Indian journal of veterinary science and animal husbandry - Volumes 22-23, 1952-1953
Year: 1952
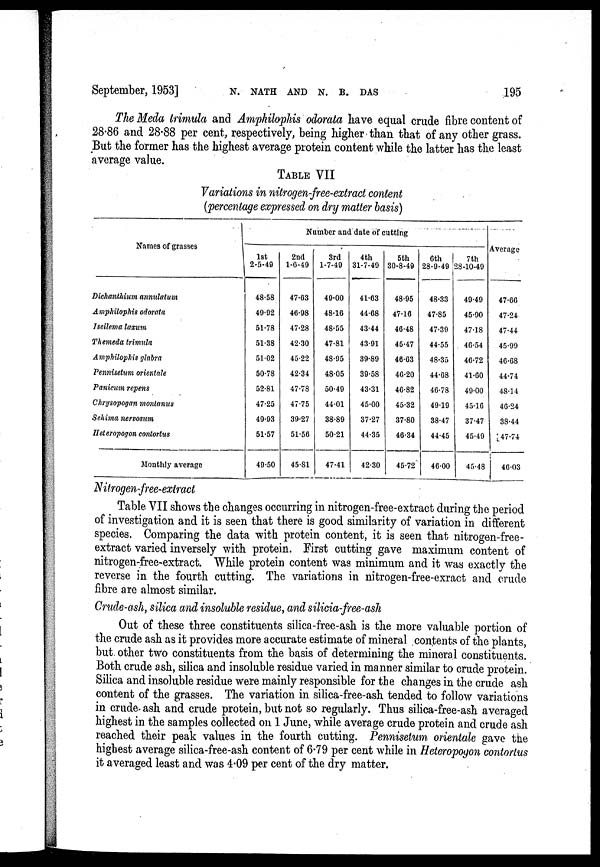
September, 1953]
N.
NATH
AND
N.
B.
DAS
195
The Meda trimula and Amphilophis odorata have equal crude fibre content of
28.86 and 28.88 per cent, respectively, being higher than that of any other grass.
But the former has the highest average protein content while the latter has the least
average value.
TABLE VII
Variations in nitrogen-free-extract content
(percentage expressed on dry matter basis)
Names of grasses
Dichanthium annulatum
Amphilophis odorata
Iscilema laxum
Themeda trimula
Amphilophis glabra
Pennisetum orientale
Panicum repens
Chrysopogan montanus
Sehima nervosum
Heteropogon contortus
Monthly average
Number and date of cutting
1st
2-5-49
48.58
49.92
51.78
51.38
51.02
50.78
52.81
47.25
49.93
51.57
49.50
2nd
1-6-49
47.63
46.98
47.28
42.30
45.22
42.34
47.78
47.75
39.27
51.56
45.81
3rd
1-7-49
49.00
48.16
48.55
47.81
48.95
48.05
50.49
44.01
38.89
50.21
47.41
4th
31-7-49
41.63
44.68
43.44
43.91
39.89
39.58
43.31
45.00
37.27
44.35
42.30
5th
30-8-49
48.95
47.16
46.48
45.47
46.63
46.20
40.82
45.32
37.80
46.34
45.72
6th
28-9-49
48.33
47.85
47.39
44.55
48.35
44.68
46.78
49.19
38.47
44.45
46.00
7th
28-10-49
49.49
45.90
47.18
46.54
46.72
41.60
49.00
45.16
37.47
45.49
45.48
Average
47.66
47.24
47.44
45.99
46.68
44.74
48.14
46.24
38.44
47.74
46.03
Nitrogen-free-extract
Table VII shows the changes occurring in nitrogen-free-extract during the period
of investigation and it is seen that there is good similarity of variation in different
species. Comparing the data with protein content, it is seen that nitrogen-free-
extract varied inversely with protein. First cutting gave maximum content of
nitrogen-free-extract. While protein content was minimum and it was exactly the
reverse in the fourth cutting. The variations in nitrogen-free-exract and crude
fibre are almost similar.
Crude-ash, silica and insoluble residue, and silicia-free-ash
Out of these three constituents silica-free-ash is the more valuable portion of
the crude ash as it provides more accurate estimate of mineral contents of the plants,
but other two constituents from the basis of determining the mineral constituents.
Both crude ash, silica and insoluble residue varied in manner similar to crude protein.
Silica and insoluble residue were mainly responsible for the changes in the crude ash
content of the grasses. The variation in silica-free-ash tended to follow variations
in crude ash and crude protein, but not so regularly. Thus silica-free-ash averaged
highest in the samples collected on 1 June, while average crude protein and crude ash
reached their peak values in the fourth cutting. Pennisetum orientale gave the
highest average silica-free-ash content of 6.79 per cent while in Heteropogon contortus
it averaged least and was 4.09 per cent of the dry matter.